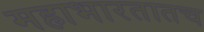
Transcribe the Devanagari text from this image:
महाभारतातच